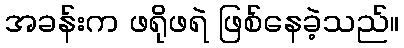
အခန်းက ဖရိုဖရဲ ဖြစ်နေခဲ့သည်။